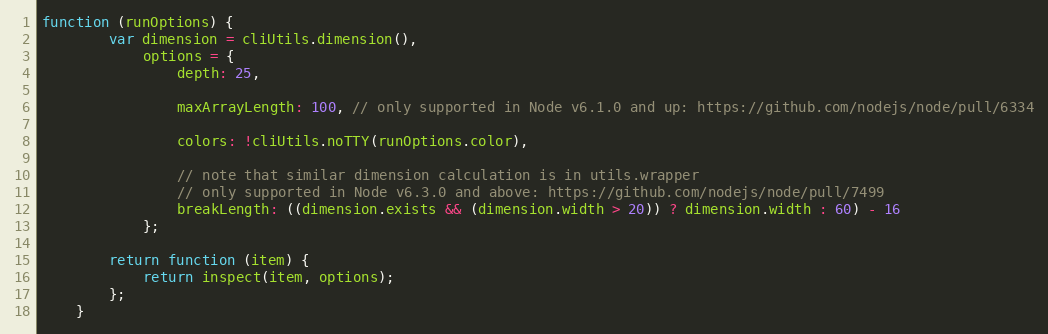
Language: JavaScript
function (runOptions) {
        var dimension = cliUtils.dimension(),
            options = {
                depth: 25,

                maxArrayLength: 100, // only supported in Node v6.1.0 and up: https://github.com/nodejs/node/pull/6334

                colors: !cliUtils.noTTY(runOptions.color),

                // note that similar dimension calculation is in utils.wrapper
                // only supported in Node v6.3.0 and above: https://github.com/nodejs/node/pull/7499
                breakLength: ((dimension.exists && (dimension.width > 20)) ? dimension.width : 60) - 16
            };

        return function (item) {
            return inspect(item, options);
        };
    }